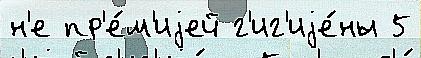
н'е пр'е́м'иjей г'иг'иjе́ны 5